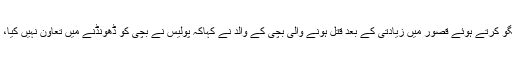
بدھ کو عمرے کی ادائیگی کے بعد اسلام آباد پہنچنے پر میڈیا سے گفتگو کرتے ہوئے قصور میں زیادتی کے بعد قتل ہونے والی بچی کے والد نے کہاکہ پولیس نے بچی کو ڈھونڈنے میں تعاون نہیں کیا، اگر پولیس فوری طور پر کارروائی کرتی تو ملزمان گرفتار ہو جاتے۔